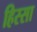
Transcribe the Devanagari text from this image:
हिस्सा